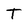
Character: T